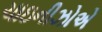
ચાઇનીઝોએ